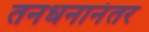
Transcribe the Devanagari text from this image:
तनधनानंतर